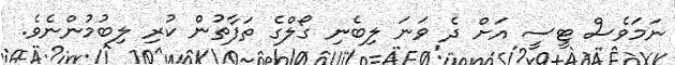
ނަމަވެސް ޓީސީ އަށް ދެ ވަނަ ލިބެނި ގޯލްގެ ތަފާތުން ކުރި ލިބުމުންނެވެ.